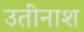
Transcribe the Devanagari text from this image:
उतीनाश